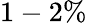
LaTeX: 1-2\%